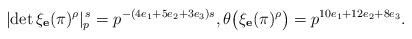
LaTeX: \begin{align*} \lvert \det \xi_\mathbf{e}(\pi)^\rho \rvert_p^{\, s} =p^{-(4e_1+5e_2+3e_3)s}, \theta \big( \xi_\mathbf{e}(\pi)^\rho \big) = p^{10e_1+12e_2+8e_3}.\end{align*}